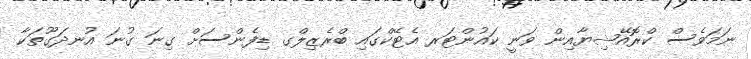
ނަމަވެސް ކްރޮއޭޝިޔާއިން ވަނީ ކައުންޓަރ އެޓޭކްގައި ބްރެޒިލްގ ޑިފެންސަށް ގިނަ ގުނަ އުނދަގޫތަކާ